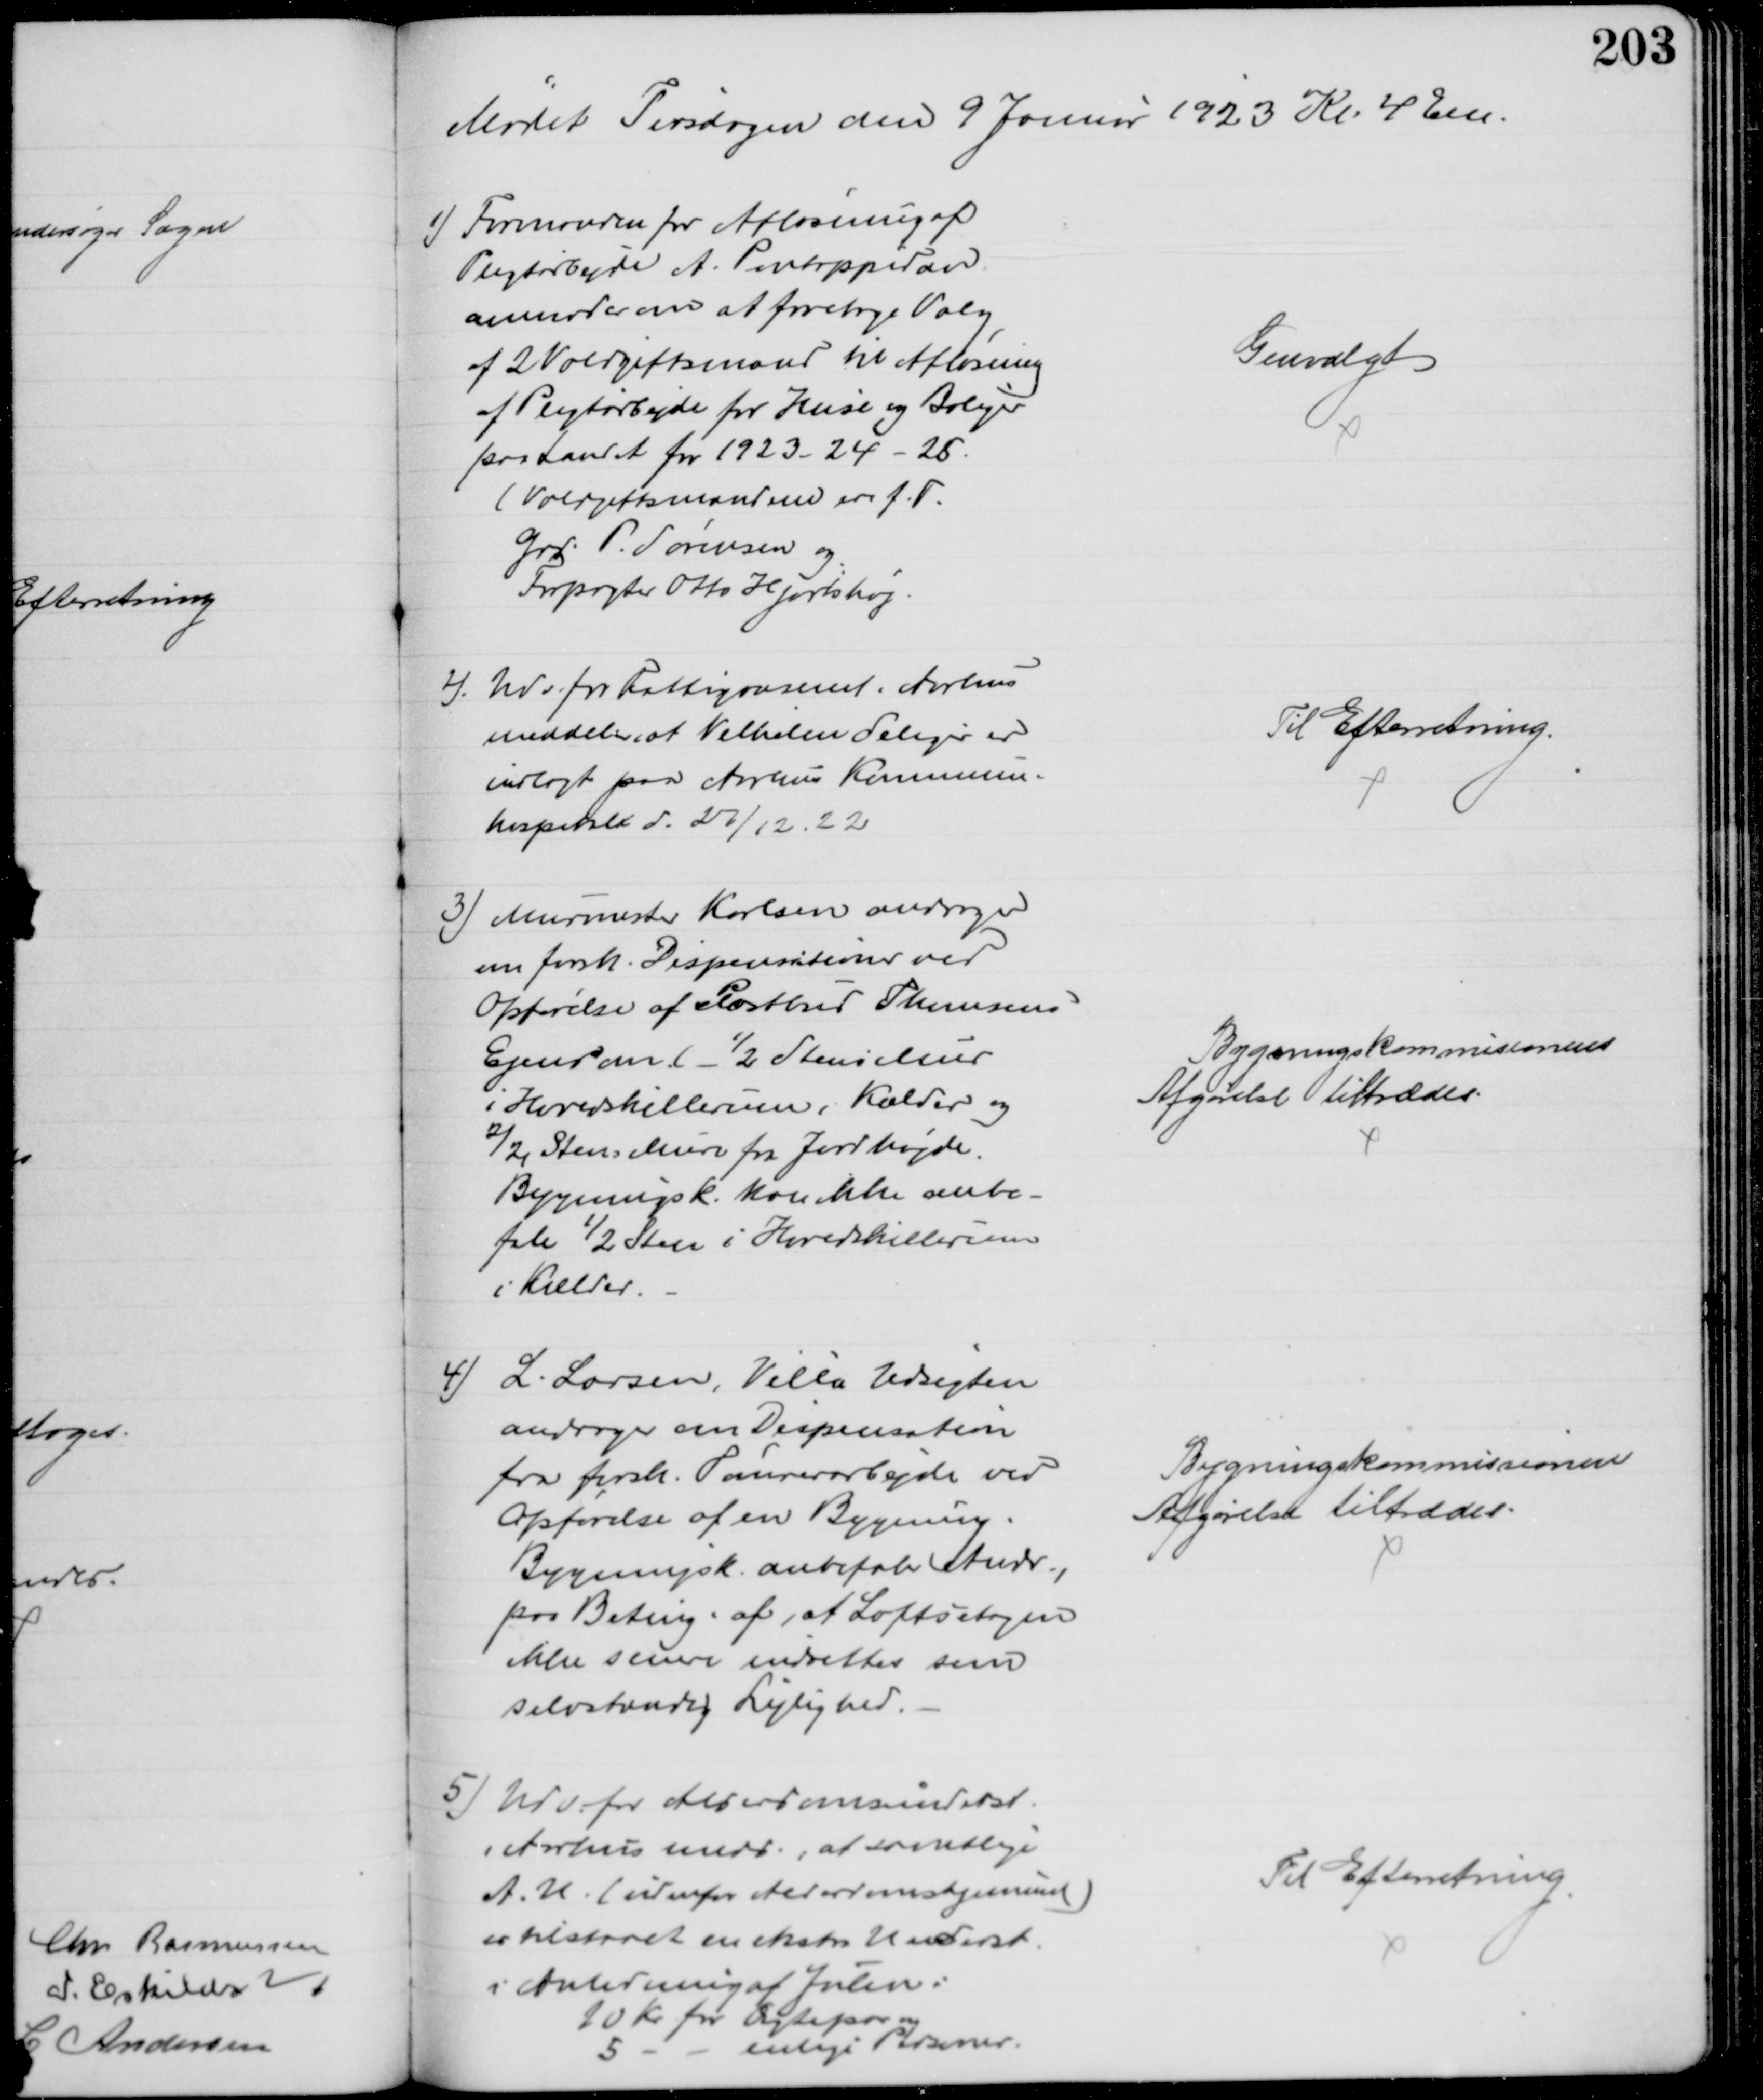
Transskription:
Mødet Tirsdagen den 9 Januar 1923 Kl. 4 Em.
1) Formanden for Afløsning af
Pligtarbejde A. Pontoppidan
anmoder om at foretage Valg
af 2 Voldgiftsmænd til Afløsning
af Pligtarbejde for Huse og Boliger
paa Landet for 1923-24-25.
(Voldgiftsmændene ere f. T.
Grd. P. Sørensen og
Forpagter Otto Hjortshøj.
Genvalgt
2). Udv for Fattigvæsenet i Aarhus
meddeler, at Vilhelm Seliger er
indlagt paa Aarhus Kommune-
hospital d. 27/12. 22
Til Efterretning.
3) Murmester Karlsen andrager 
om forsk. Dispensationer ved
Opførelse af Postbud Thomsens
Ejendom ½ Stens Mur
i Hovedskillerum, Kælder og
2/2 Stens Mure fra Jordhøjde.
Bygningsk. kan ikke anbe-
fale ½ Sten i Hovedskillerum
i Kælder.
Bygningskommisionens
Afgørelse tiltrædes.
4) L. Larsen, Villa Udsigten
andrager om Dispensation
fra forsk. Tømrerarbejde ved
Opførelse af en Bygning.
Bygningsk. anbefaler Andr.,
paa Beting. af, at Loftsetagen
ikke senere indrettes som
selvstændig Lejlighed.
Bygningskommissionens
Afgørelse tiltrædes.
5) Udv. for Alderdomsunderst.
i Aarhus medd., at samtlige
A.U. (udenfor Alderdomshjemmet)
er tilstaaet en ekstra Underst.
i Anledning af Julen:
10 Kr for Ægtepar og
5
enlige Personer.
Til Efterretning